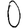
Digit: 0